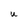
Character: U